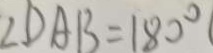
\angle D A B = 1 8 0 ^ { \circ }